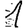
Digit: 1